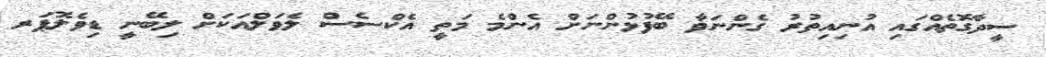
ސީދާގޮތެއްގައި އުނިއިތުރު ގެންނަވާ ބޭފުޅުންނަށް އެންމެ މަތީ އެކްސެސް ލެވަލްއަކަށް ލިބޭނީ ޑިވެލޮޕަރ